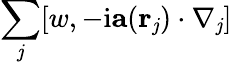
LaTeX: \sum_{\mathit{j}}[w,-\mathrm{{i}}\mathbf{{a}}(\mathbf{{r}}_{\mathit{j}})\cdot\nabla_{\mathit{j}}]